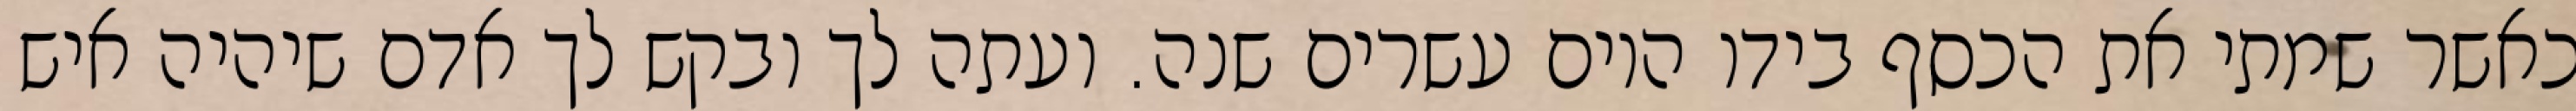
כאשר שמתי את הכסף בידו היום עשרים שנה. ועתה לך ובקש לך אדם שיהיה איש